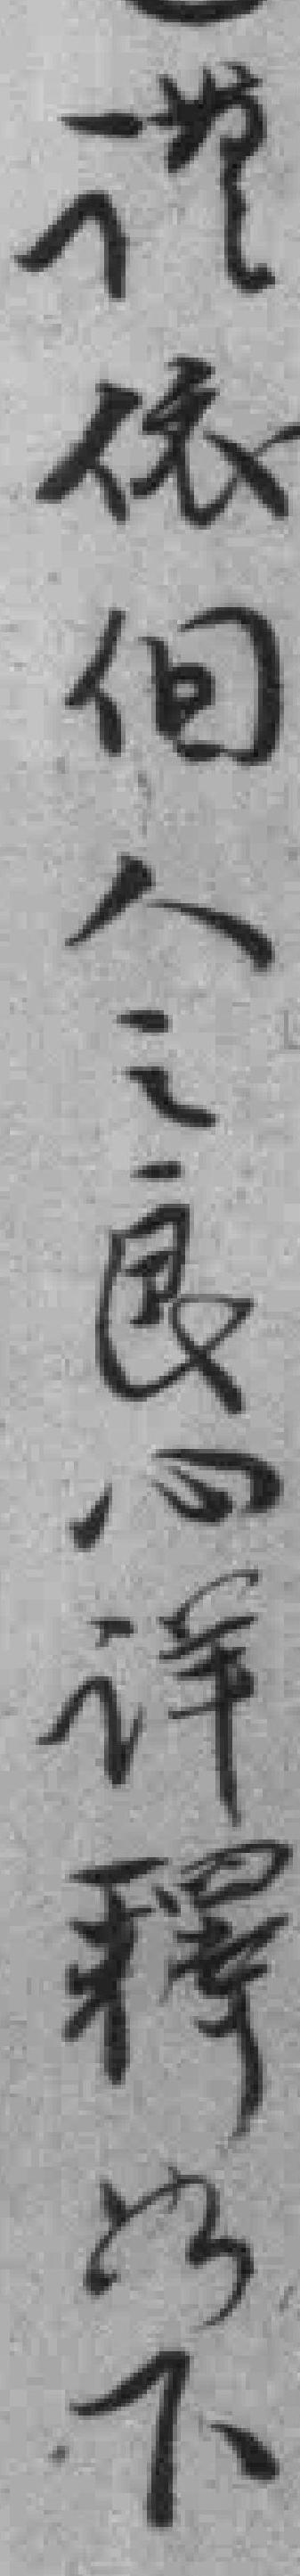
谨依個人之良心詳釋以下